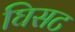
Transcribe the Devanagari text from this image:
घिसट